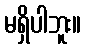
မရှိပါဘူး။